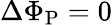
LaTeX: \Delta\Phi_{\mathrm{P}}=0